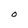
Character: O